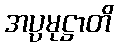
အပ္ပမုဋ္ဌာတိ